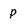
Character: p